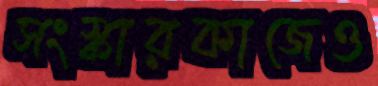
সংস্কারকাজেও